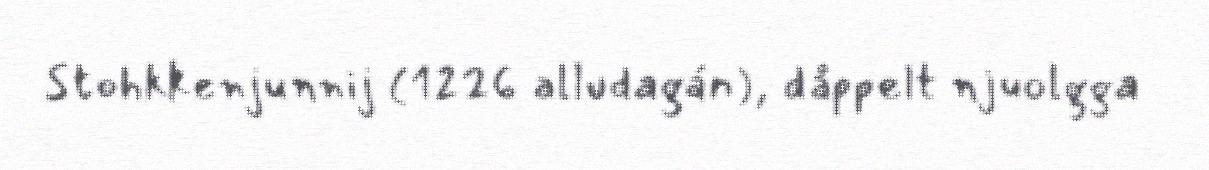
Stohkkenjunnij (1226 alludagán), dåppelt njuolgga